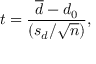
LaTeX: t = { \frac { { \overline { { d } } } - d _ { 0 } } { ( s _ { d } / { \sqrt { n } } ) } } ,